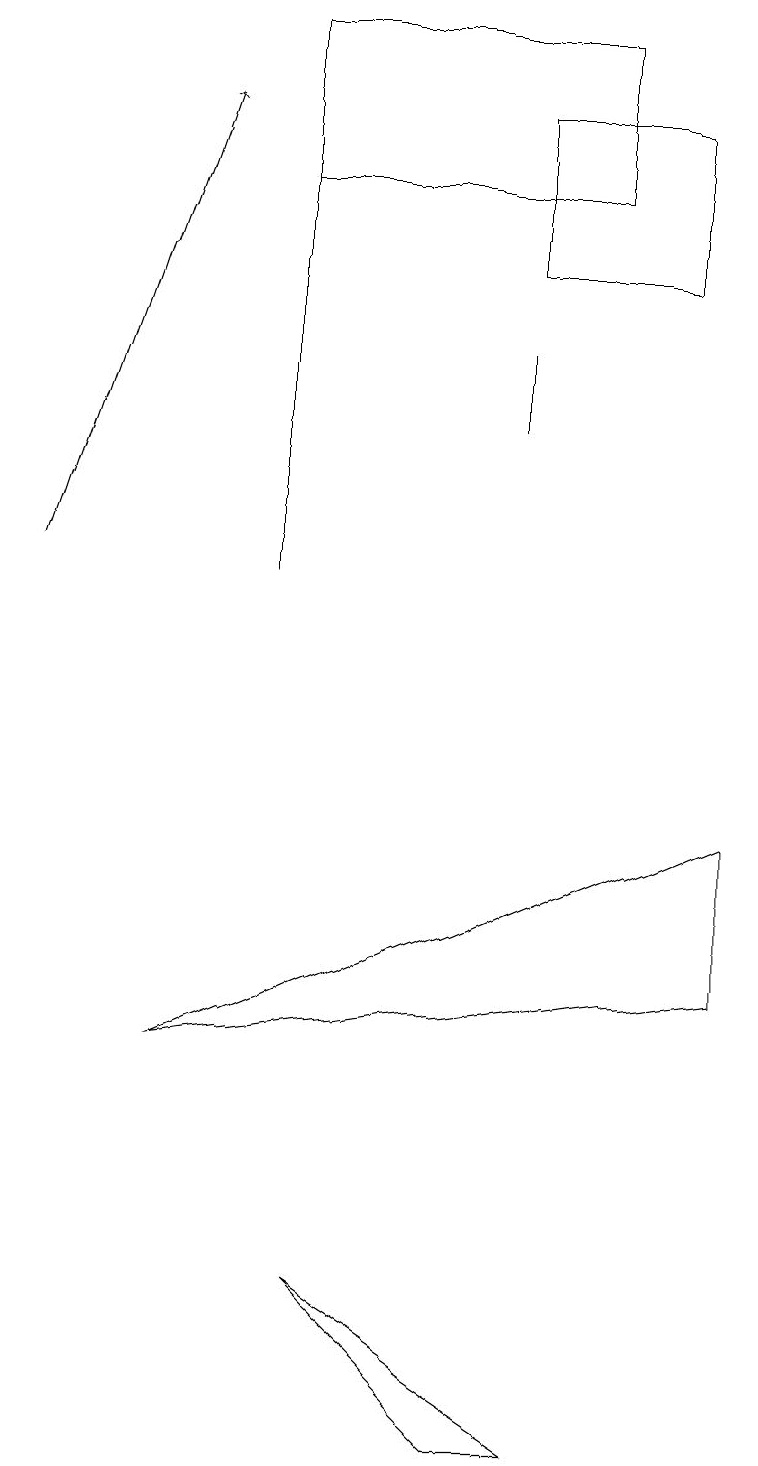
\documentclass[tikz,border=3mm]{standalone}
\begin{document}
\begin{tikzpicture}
\draw[->] (0,11) -- (2,17);
\draw (6,14) rectangle (6,13);
\draw (2,5) -- (9,8) -- (9,6) -- cycle;
\draw (8,17) rectangle (6,15);
\draw (3,16) rectangle (7,18);
\draw (7,0) -- (4,2) -- (6,0) -- cycle;
\draw (3,17) rectangle (3,11);
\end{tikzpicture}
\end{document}